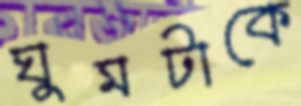
ঘুমটাকে